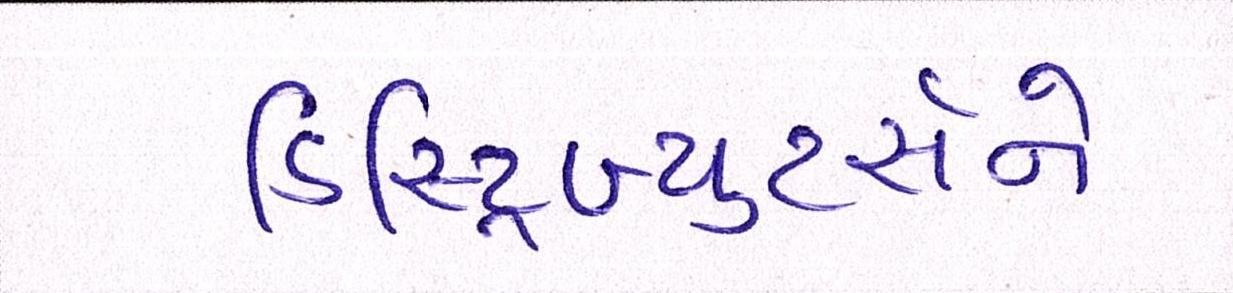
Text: ડિસ્ટ્રિબ્યુટર્સને